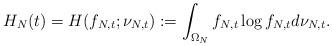
LaTeX: \begin{align*} H_N (t) = H (f_{N,t}; \nu_{N,t}) := \int_{\Omega_N} f_{N,t}\log f_{N,t} d\nu_{N,t}.\end{align*}